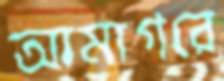
আমাগরে